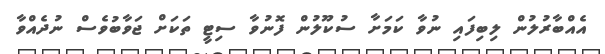
އެއްބާރުލުން ލިބިފައި ނުވާ ކަމަށާ ސުކޫލުން ފޮނުވާ ސިޓީ ތަކަށް ޖަވާބުވެސް ނުދެއްވާ